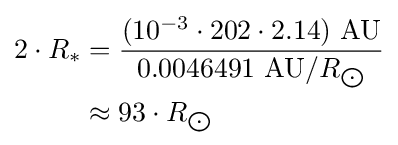
{\begin{aligned}2\cdot R_{*}&={\frac {(10^{-3}\cdot 202\cdot 2.14)\ {\text{AU}}}{0.0046491\ {\text{AU}}/R_{\bigodot }}}\\&\approx 93\cdot R_{\bigodot }\end{aligned}}